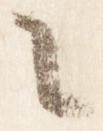
言